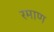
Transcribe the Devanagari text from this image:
रमाण